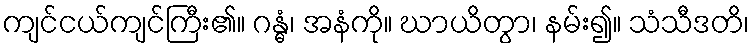
ကျင်ငယ်ကျင်ကြီး၏။ ဂန္ဓံ၊ အနံကို။ ဃာယိတွာ၊ နမ်း၍။ သံသီဒတိ၊